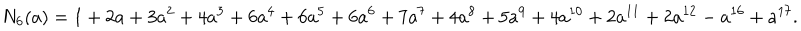
LaTeX: N _ { 6 } ( a ) = 1 + 2 a + 3 a ^ { 2 } + 4 a ^ { 3 } + 6 a ^ { 4 } + 6 a ^ { 5 } + 6 a ^ { 6 } + 7 a ^ { 7 } + 4 a ^ { 8 } + 5 a ^ { 9 } + 4 a ^ { 1 0 } + 2 a ^ { 1 1 } + 2 a ^ { 1 2 } - a ^ { 1 6 } + a ^ { 1 7 } .